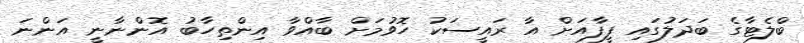
ބްލެޓާގެ ބަދަލުގައި ފީފާއަށް އާ ރައީސަކު ހޮވުމަށް ބާއްވާ އިންތިހާބު އޮންނާނީ އަންނަ